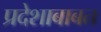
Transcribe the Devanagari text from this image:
प्रदेशाबाबत